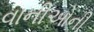
વાનીઓની